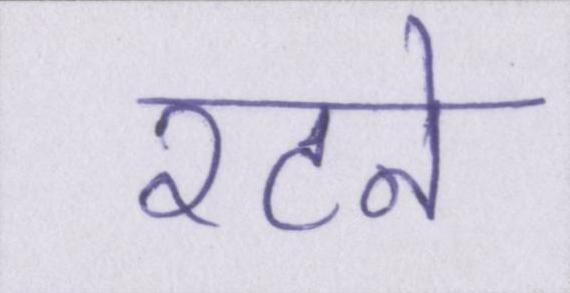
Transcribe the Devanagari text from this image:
रटने